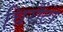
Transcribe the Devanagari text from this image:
चिरौंटा